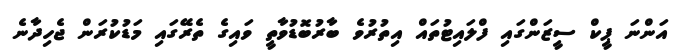
އަންނަ ޕީކް ސީޒަންގައި ފްލައިޓުތައް އިތުރުވެ ބާރުބޮޑުވާތީ ވައިގެ ތެރޭގައި މަޑުކުރަން ޖެހިދާނެ